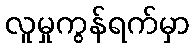
လူမှုကွန်ရက်မှာ